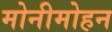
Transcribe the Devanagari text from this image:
मोनीमोहन